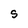
Character: S